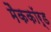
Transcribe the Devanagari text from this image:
मैककॉर्ड